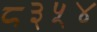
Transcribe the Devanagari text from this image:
८३५४